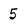
Character: 5